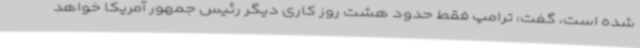
شده است، گفت: ترامپ فقط حدود هشت روز کاری دیگر رئیس جمهور آمریکا خواهد